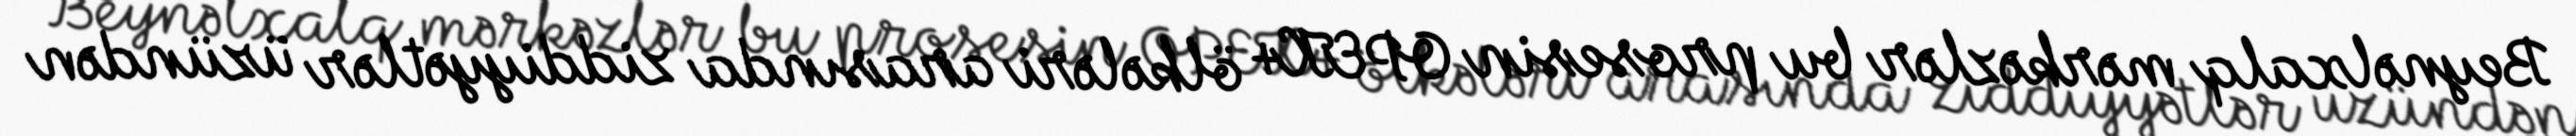
Beynəlxalq mərkəzlər bu prosesin OPEK+ ölkələri arasında ziddiyyətlər üzündən